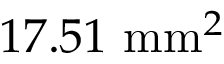
1 7 . 5 1 ~ \mathrm { m m } ^ { 2 }